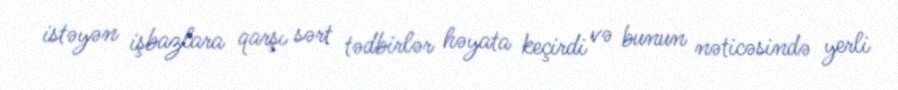
istəyən işbazlara qarşı sərt tədbirlər həyata keçirdi və bunun nəticəsində yerli